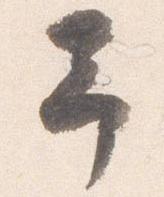
予